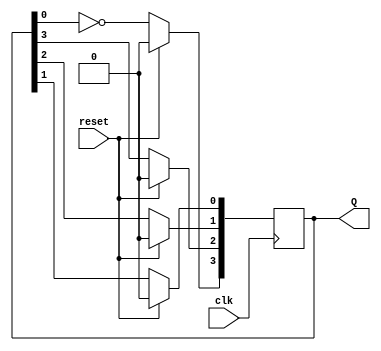
module johnson_counter (
    input wire clk,        // Clock signal
    input wire reset,      // Synchronous reset
    output reg [3:0] Q     // 4-bit output representing the counter state
);

    // Sequential logic for the Johnson counter
    always @(posedge clk) begin
        if (reset) begin
            // Synchronous reset: set all bits to 0
            Q <= 4'b0000;
        end else begin
            // Johnson counter state transition
            Q[3] <= ~Q[0];  // D0 takes the inverted output of Q3
            Q[2] <= Q[3];   // D1 takes the output of Q3
            Q[1] <= Q[2];   // D2 takes the output of Q2
            Q[0] <= Q[1];   // D3 takes the output of Q1
        end
    end

endmodule